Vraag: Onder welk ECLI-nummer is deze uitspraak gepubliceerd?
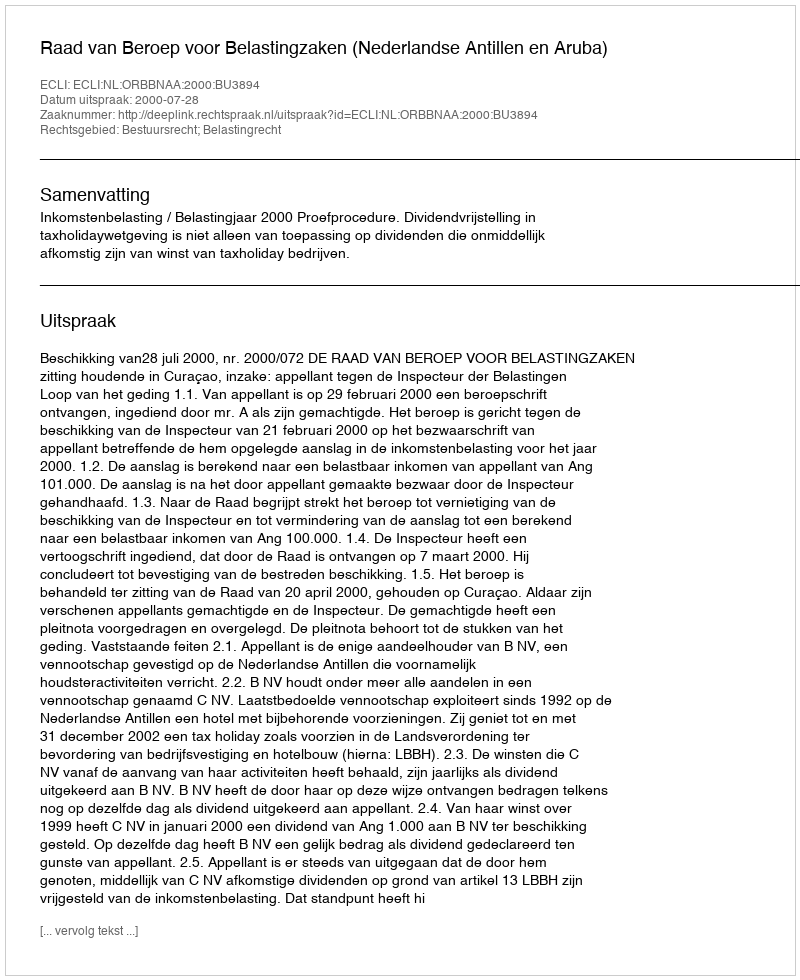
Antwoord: ECLI:NL:ORBBNAA:2000:BU3894